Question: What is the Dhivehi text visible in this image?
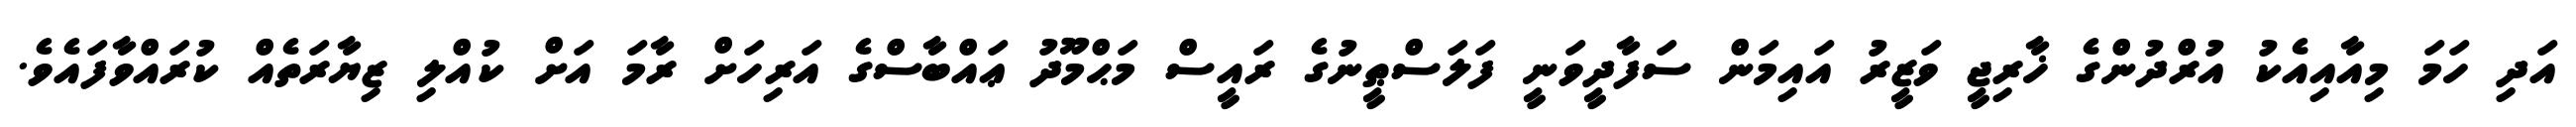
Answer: އަދި ހަމަ މިއާއިއެކު އުރްދުންގެ ޚާރިޖީ ވަޒީރު އައިމަން ސަފާދީވަނީ ފަލަސްޠީނުގެ ރައީސް މަޙްމޫދު ޢައްބާސްގެ އަރިހަށް ރާމަ އަށް ކުއްލި ޒިޔާރަތެއް ކުރައްވާފައެވެ.